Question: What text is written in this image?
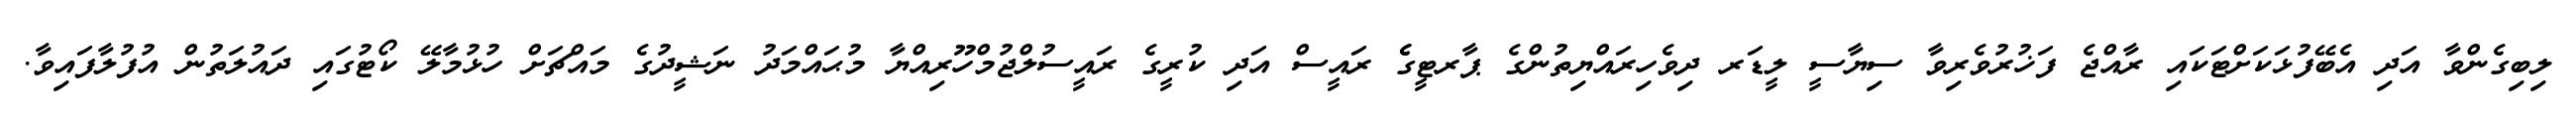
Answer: ލިބިގެންވާ އަދި އެބޭފުޅަކަށްޓަކައި ރާއްޖެ ފަޚުރުވެރިވާ ސިޔާސީ ލީޑަރ ދިވެހިރައްޔިތުންގެ ޕާރޓީގެެ ރައީސް އަދި ކުރީގެ ރައީސުލްޖުމްހޫރިއްޔާ މުޙައްމަދު ނަޝީދުގެ މައްޗަށް ހުޅުމާލޭ ކޯޓުގައި ދައުލަތުން އުފުލާފައިވާ.